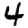
Digit: 4